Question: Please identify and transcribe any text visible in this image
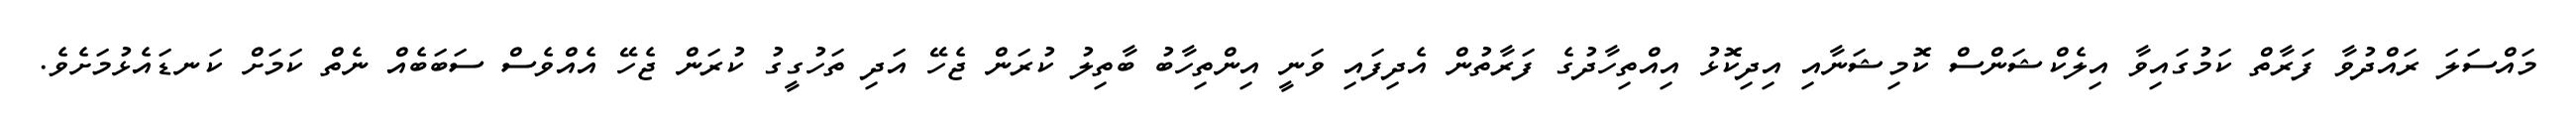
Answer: މައްސަލަ ރައްދުވާ ފަރާތް ކަމުގައިވާ އިލެކްޝަންސް ކޮމިޝަނާއި އިދިކޮޅު އިއްތިހާދުގެ ފަރާތުން އެދިފައި ވަނީ އިންތިހާބު ބާތިލު ކުރަން ޖެހޭ އަދި ތަހުގީގު ކުރަން ޖެހޭ އެއްވެސް ސަބަބެއް ނެތް ކަމަށް ކަނޑައެޅުމަށެވެ.